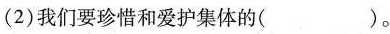
(2)我们要珍惜和爱护集体的( )。